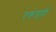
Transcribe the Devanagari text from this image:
एकगृही